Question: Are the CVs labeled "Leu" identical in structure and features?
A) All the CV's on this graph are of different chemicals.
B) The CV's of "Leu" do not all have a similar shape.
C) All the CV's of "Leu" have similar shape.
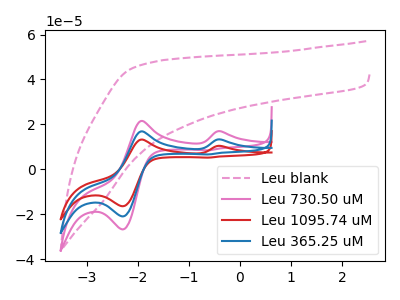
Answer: <think>The pink dashed curve "Leu blank" has no peaks. The pink curve "Leu 730.50 uM" has anodic peaks at (-0.35V, 16.90uA) (-1.95V, 21.50uA) and cathodic peaks at (-2.30V, -26.80uA) (-0.60V, 8.45uA). The red curve "Leu 1095.74 uM" has anodic peaks at (-0.35V, 26.50uA) (-1.95V, 33.75uA) and cathodic peaks at (-2.30V, -42.00uA) (-0.60V, 13.20uA). The blue curve "Leu 365.25 uM" has anodic peaks at (-0.35V, 13.25uA) (-1.95V, 16.85uA) and cathodic peaks at (-2.30V, -21.00uA) (-0.60V, 6.60uA).
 "Leu blank" and "Leu 730.50 uM" have a different number of peaks. "Leu blank" and "Leu 1095.74 uM" have a different number of peaks. "Leu blank" and "Leu 365.25 uM" have a different number of peaks. All the peaks in "Leu 730.50 uM" have a peak in "Leu 1095.74 uM" at the same potential. All the peaks in "Leu 730.50 uM" have a peak in "Leu 365.25 uM" at the same potential. All the peaks in "Leu 1095.74 uM" have a peak in "Leu 365.25 uM" at the same potential.</think>
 <answer>C) All the CV's of "Leu" have similar shape.</answer>
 <eval>C</eval>